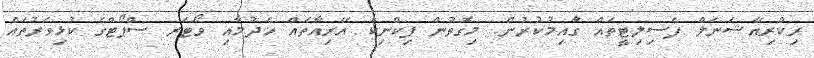
ރިކްރިއޭޝަނަލް ފެސިލިޓީތައް ގާއިމުކުރުން. މިގޮތުން ޕިކްނިކް އޭރިއާތައް ހެދުމާއި ވޯޓަރ ސްޕޯޓްގެ ކުޅިވަރުތައް